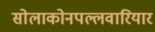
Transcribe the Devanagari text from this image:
सोलाकोनपल्लवारियार